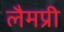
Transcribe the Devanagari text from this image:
लैमप्री